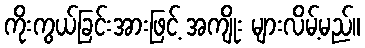
ကိုးကွယ်ခြင်းအားဖြင့် အကျိုး များလိမ့်မည်။